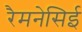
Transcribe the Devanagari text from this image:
रैमनेसिई